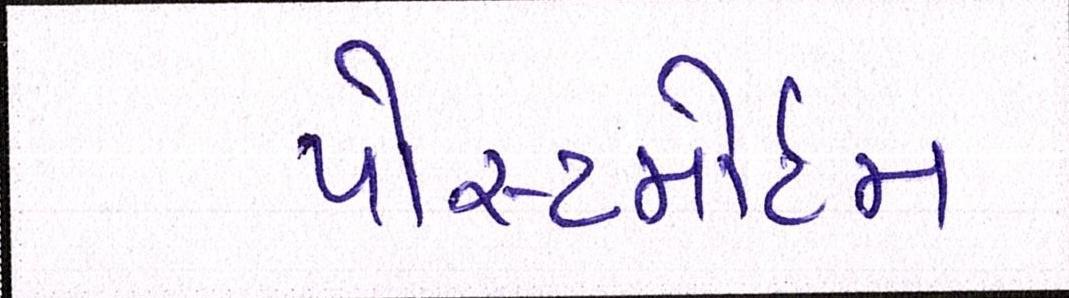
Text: પોસ્ટમોર્ટમ